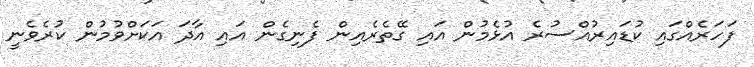
ފަހަރެއްގައި ކުޑައިރުއްސުރެ އުޅެމުން އައި ގޭތެރެއިން ފެނިގެން އައި އާދަ އަކަށްވުމުން ކުރެވެނީ